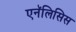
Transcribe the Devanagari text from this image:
एनॅलिसिस